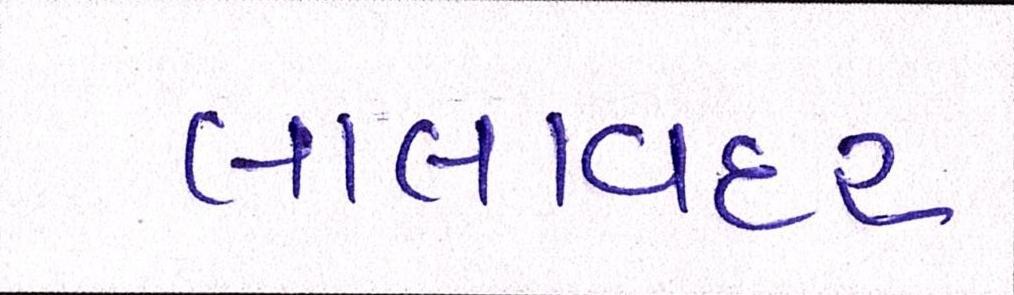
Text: લાલાવદર